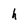
Character: h